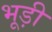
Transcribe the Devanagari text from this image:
भूड़ी